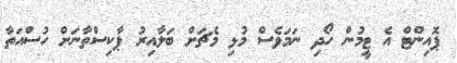
ޕޮއިންޓް އެ ޓީމުން ހޯދި ނަމަވެސް މުޅި މެޗަށް ބަލާއިރު ޕާކިސްތާނަށް ހުސްއަތާ